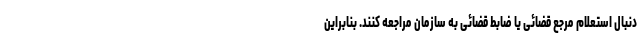
دنبال استعلام مرجع قضائی یا ضابط قضائی به سازمان مراجعه کنند. بنابراین